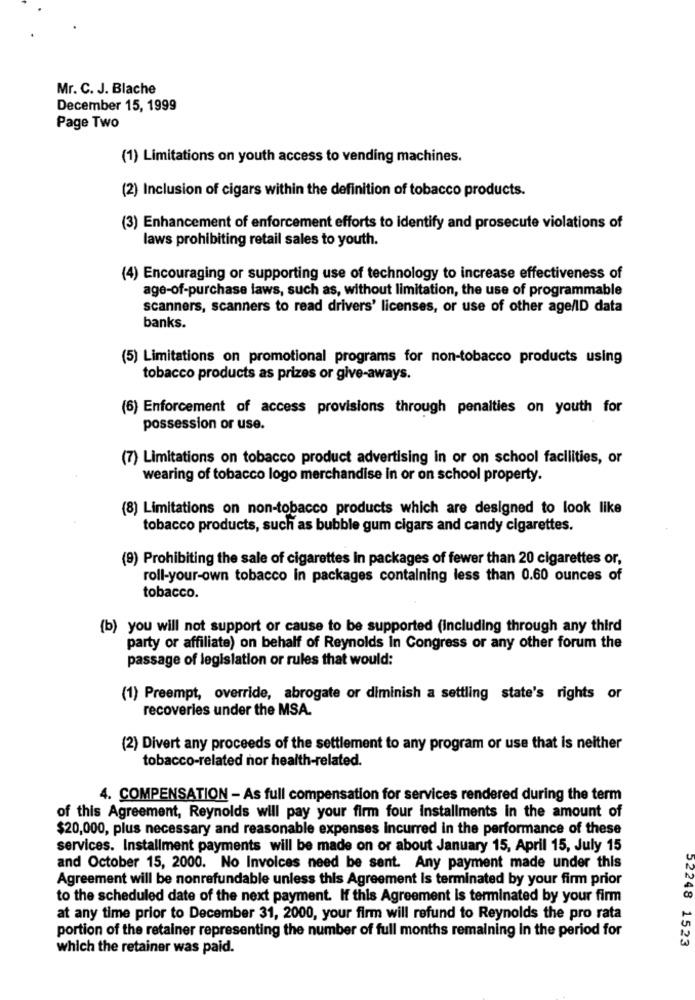
Mr. C. J. Blache
December 15, 1999
Page Two
(1) Limitations on youth access to vending machines.
(2) Inclusion of cigars within the definition of tobacco products.
(3) Enhancement of enforcement efforts to identify and prosecute violations of
laws prohibiting retail sales to youth.
(4) Encouraging or supporting use of technology to increase effectiveness of
age-of-purchase laws, such as, without limitation, the use of programmable
scanners, scanners to read drivers' licenses, or use of other age/ID data
banks.
(5) Limitations on promotional programs for non-tobacco products using
tobacco products as prizes or give-aways.
(6) Enforcement of access provisions through penalties on youth for
possession or use.
(7) Limitations on tobacco product advertising in or on school facilities, or
wearing of tobacco logo merchandise in or on school property.
(8) Limitations on non-tobacco products which are designed to look like
tobacco products, such as bubble gum cigars and candy cigarettes.
(9) Prohibiting the sale of cigarettes In packages of fewer than 20 cigarettes or,
roll-your-own tobacco in packages containing less than 0.60 ounces of
tobacco.
(b) you will not support or cause to be supported (including through any third
party or affiliate) on behalf of Reynolds In Congress or any other forum the
passage of legislation or rules that would:
(1) Preempt, override, abrogate or diminish a settling state's rights or
recoveries under the MSA.
(2) Divert any proceeds of the settlement to any program or use that is neither
tobacco-related nor health-related.
4. COMPENSATION - As full compensation for services rendered during the term
of this Agreement, Reynolds will pay your firm four installments in the amount of
$20,000, plus necessary and reasonable expenses incurred in the performance of these
services. Installment payments will be made on or about January 15, April 15, July 15
and October 15, 2000. No Invoices need be sent. Any payment made under this
Agreement will be nonrefundable unless this Agreement Is terminated by your firm prior
to the scheduled date of the next payment. If this Agreement is terminated by your firm
at any time prior to December 31, 2000, your firm will refund to Reynolds the pro rata
portion of the retainer representing the number of full months remaining in the period for
02248 1523
which the retainer was paid.